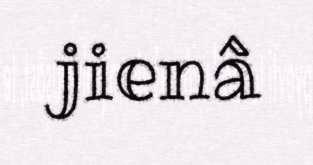
jienâ